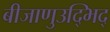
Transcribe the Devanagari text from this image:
बीजाणुउद्भिद्